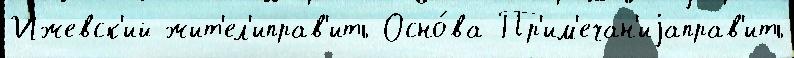
Ижевск'ий жит'ел'иправ'ить Осно́ва Пр'им'ечан'иjаправ'ить